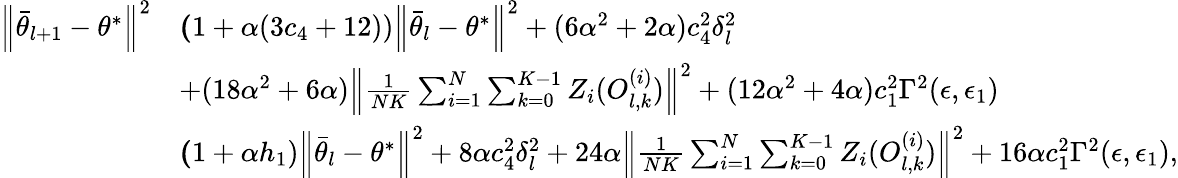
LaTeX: \begin{array}{rl}{\Big\lVert\bar{\theta}_{l+1}-\theta^{*}\Big\rVert^{2}}&{\le(1+\alpha(3c_{4}+12))\Big\lVert\bar{\theta}_{l}-\theta^{*}\Big\rVert^{2}+(6\alpha^{2}+2\alpha)c_{4}^{2}\delta_{l}^{2}}\\ &{+(18\alpha^{2}+6\alpha)\Big\lVert\frac{1}{NK}\sum_{i=1}^{N}\sum_{k=0}^{K-1}Z_{i}(O_{l,k}^{(i)})\Big\rVert^{2}+(12\alpha^{2}+4\alpha)c_{1}^{2}\Gamma^{2}(\epsilon,\epsilon_{1})}\\ &{\le(1+\alpha h_{1})\Big\lVert\bar{\theta}_{l}-\theta^{*}\Big\rVert^{2}+8\alpha c_{4}^{2}\delta_{l}^{2}+24\alpha\Big\lVert\frac{1}{NK}\sum_{i=1}^{N}\sum_{k=0}^{K-1}Z_{i}(O_{l,k}^{(i)})\Big\rVert^{2}+16\alpha c_{1}^{2}\Gamma^{2}(\epsilon,\epsilon_{1}),}\end{array}